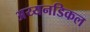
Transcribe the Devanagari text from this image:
अय्यनडिकल